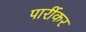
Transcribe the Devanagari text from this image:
पार्रीकर